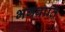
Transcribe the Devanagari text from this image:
भगवाति